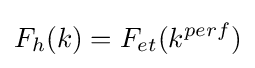
F_{h}(k)=F_{et}(k^{perf})